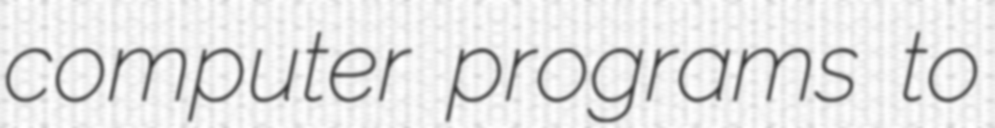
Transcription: computer programs to